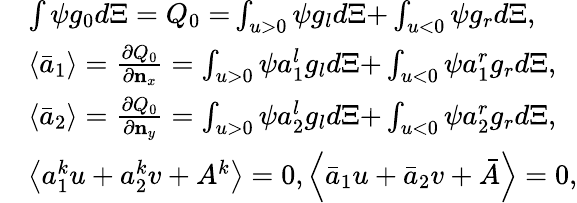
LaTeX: \begin{array}{rl}&{\int{\psi{{g}_{0}}d\Xi={{Q}_{0}}=}\int_{u>0}{\psi{{g}_{l}}d\Xi+}\int_{u<0}{\psi{{g}_{r}}d\Xi},}\\ &{\left\langle{{{\bar{a}}}_{1}}\right\rangle=\frac{\partial{{Q}_{0}}}{\partial{{\mathbf{n}}_{x}}}=\int_{u>0}{\psi a_{1}^{l}{{g}_{l}}d\Xi+}\int_{u<0}{\psi a_{1}^{r}{{g}_{r}}d\Xi},}\\ &{\left\langle{{{\bar{a}}}_{2}}\right\rangle=\frac{\partial{{Q}_{0}}}{\partial{{\mathbf{n}}_{y}}}=\int_{u>0}{\psi a_{2}^{l}{{g}_{l}}d\Xi+}\int_{u<0}{\psi a_{2}^{r}{{g}_{r}}d\Xi},}\\ &{\left\langle a_{1}^{k}u+a_{2}^{k}v+{{A}^{k}}\right\rangle=0,\left\langle{{{\bar{a}}}_{1}}u+{{{\bar{a}}}_{2}}v+\bar{A}\right\rangle=0,}\end{array}